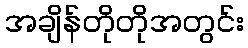
အချိန်တိုတိုအတွင်း